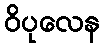
ဝိပုလေန